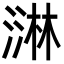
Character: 㵉